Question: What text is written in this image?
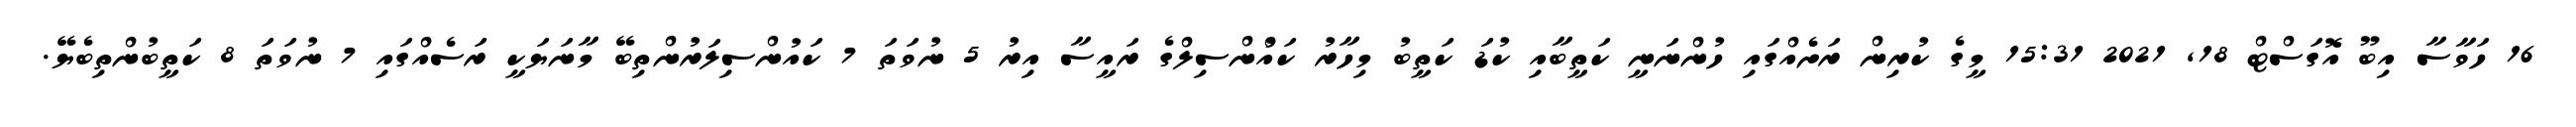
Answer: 16 ހަވާސާ އިބޫ އޮގަސްޓް 18, 2021 15:31 މީގެ ކުރިން ރަށެއްގައި ހުންނަނީ ކަތީބާއި ކުޑަ ކަތީބު މިހާރު ކައުްންސިލްގެ ރައީސާ އިރު 5 ނުވަތަ 7 ކައުންސިލަރުންތިބޭ މާނަޔަކީ ރަސެއްގައި 7 ނުވަތަ 8 ކަތީބުންތިބެޔޭ.